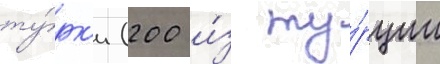
ту́рк'и (200 и́з ту́рции